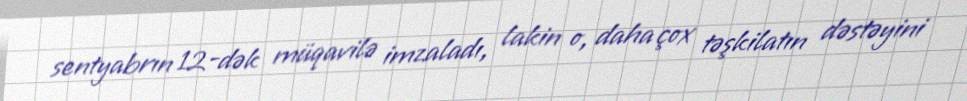
sentyabrın 12-dək müqavilə imzaladı, lakin o, daha çox təşkilatın dəstəyini